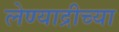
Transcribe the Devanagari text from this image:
लेण्याद्रीच्या